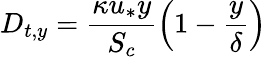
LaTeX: D_{t,y}=\frac{\kappa u_{*}y}{S_{c}}\left(1-\frac{y}{\delta}\right)